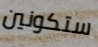
ستكونين